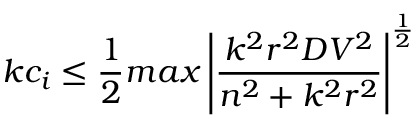
k c _ { i } \leq \frac { 1 } { 2 } m a x \left| \frac { k ^ { 2 } r ^ { 2 } D V ^ { 2 } } { n ^ { 2 } + k ^ { 2 } r ^ { 2 } } \right| ^ { \frac { 1 } { 2 } }